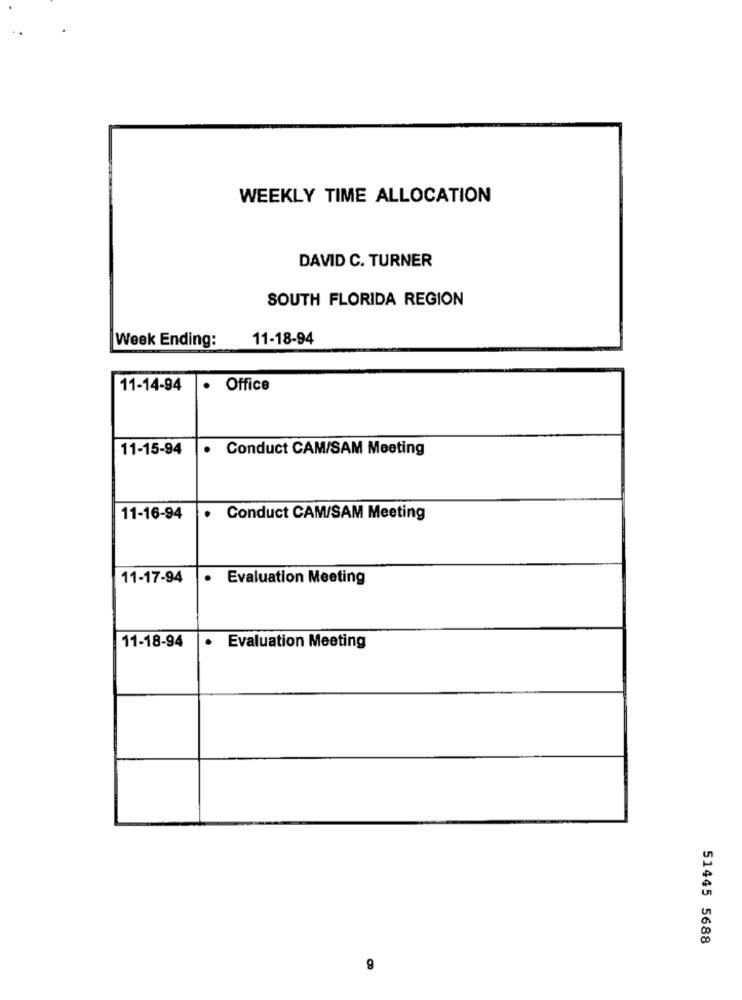
WEEKLY TIME ALLOCATION
DAVID C. TURNER
SOUTH FLORIDA REGION
Week Ending:
11-18-94
11-14-94
· Office
11-15-94
.
Conduct CAM/SAM Meeting
11-16-94
.
Conduct CAM/SAM Meeting
11-17-94
· Evaluation Meeting
11-18-94
· Evaluation Meeting
51445 5688
9